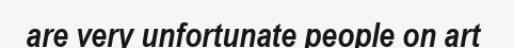
are very unfortunate people on art